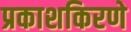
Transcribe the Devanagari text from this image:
प्रकाशकिरणे